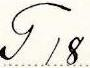
T 18